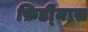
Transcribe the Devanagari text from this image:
फ़िडी्यास